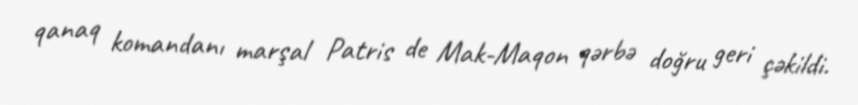
qanaq komandanı marşal Patris de Mak-Maqon qərbə doğru geri çəkildi.